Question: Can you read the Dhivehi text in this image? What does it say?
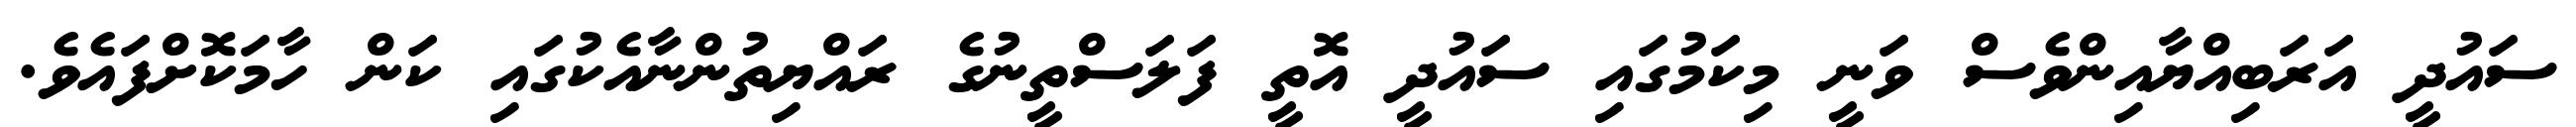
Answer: ސައުދީ އަރަބިއްޔާއިންވެސް ވަނީ މިކަމުގައި ސައުދީ އޮތީ ފަލަސްތީނުގެ ރައްޔިތުންނާއެކުގައި ކަން ހާމަކޮށްފައެވެ.